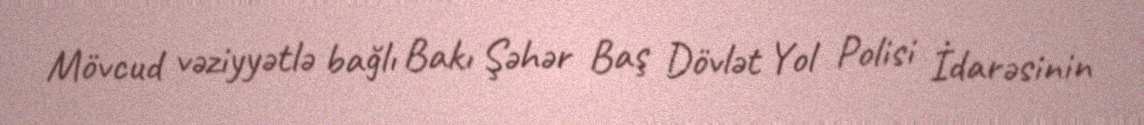
Mövcud vəziyyətlə bağlı Bakı Şəhər Baş Dövlət Yol Polisi İdarəsinin